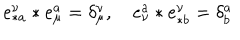
e _ { \ast a } ^ { \nu } \ast e _ { \mu } ^ { a } = \delta _ { \mu } ^ { \nu } , \quad e _ { \nu } ^ { a } \ast e _ { \ast b } ^ { \nu } = \delta _ { b } ^ { a }